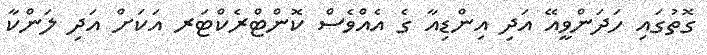
ގޮތުގައި ހަދަންވީއޭ އަދި އިންޑިއާ ގެ އެެއްވެސް ކޮންޓްރެކްޓަރ އަކަށް އަދި ލަންކާ